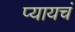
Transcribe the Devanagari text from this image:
प्यायचं